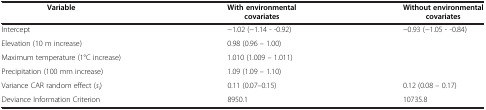
| Variable | With environmental covariates | Without environmental covariates |
 | --- | --- | --- |
 | Intercept | −1.02 (−1.14 - -0.92) | −0.93 (−1.05 - -0.84) |
 | Elevation (10 m increase) | 0.98 (0.96 – 1.00) |  |
 | Maximum temperature (1°C increase) | 1.010 (1.009 – 1.011) |  |
 | Precipitation (100 mm increase) | 1.09 (1.09 – 1.10) |  |
 | Variance CAR random effect (si) | 0.11 (0.07–0.15) | 0.12 (0.08 – 0.17) |
 | Deviance Information Criterion | 8950.1 | 10735.8 |